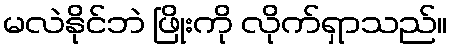
မလဲနိုင်ဘဲ ဖြိုးကို လိုက်ရှာသည်။